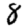
Digit: 8